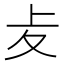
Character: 𠧔